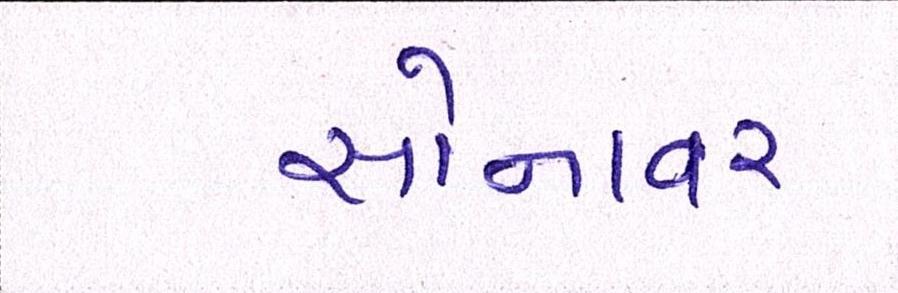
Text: સોનાવર